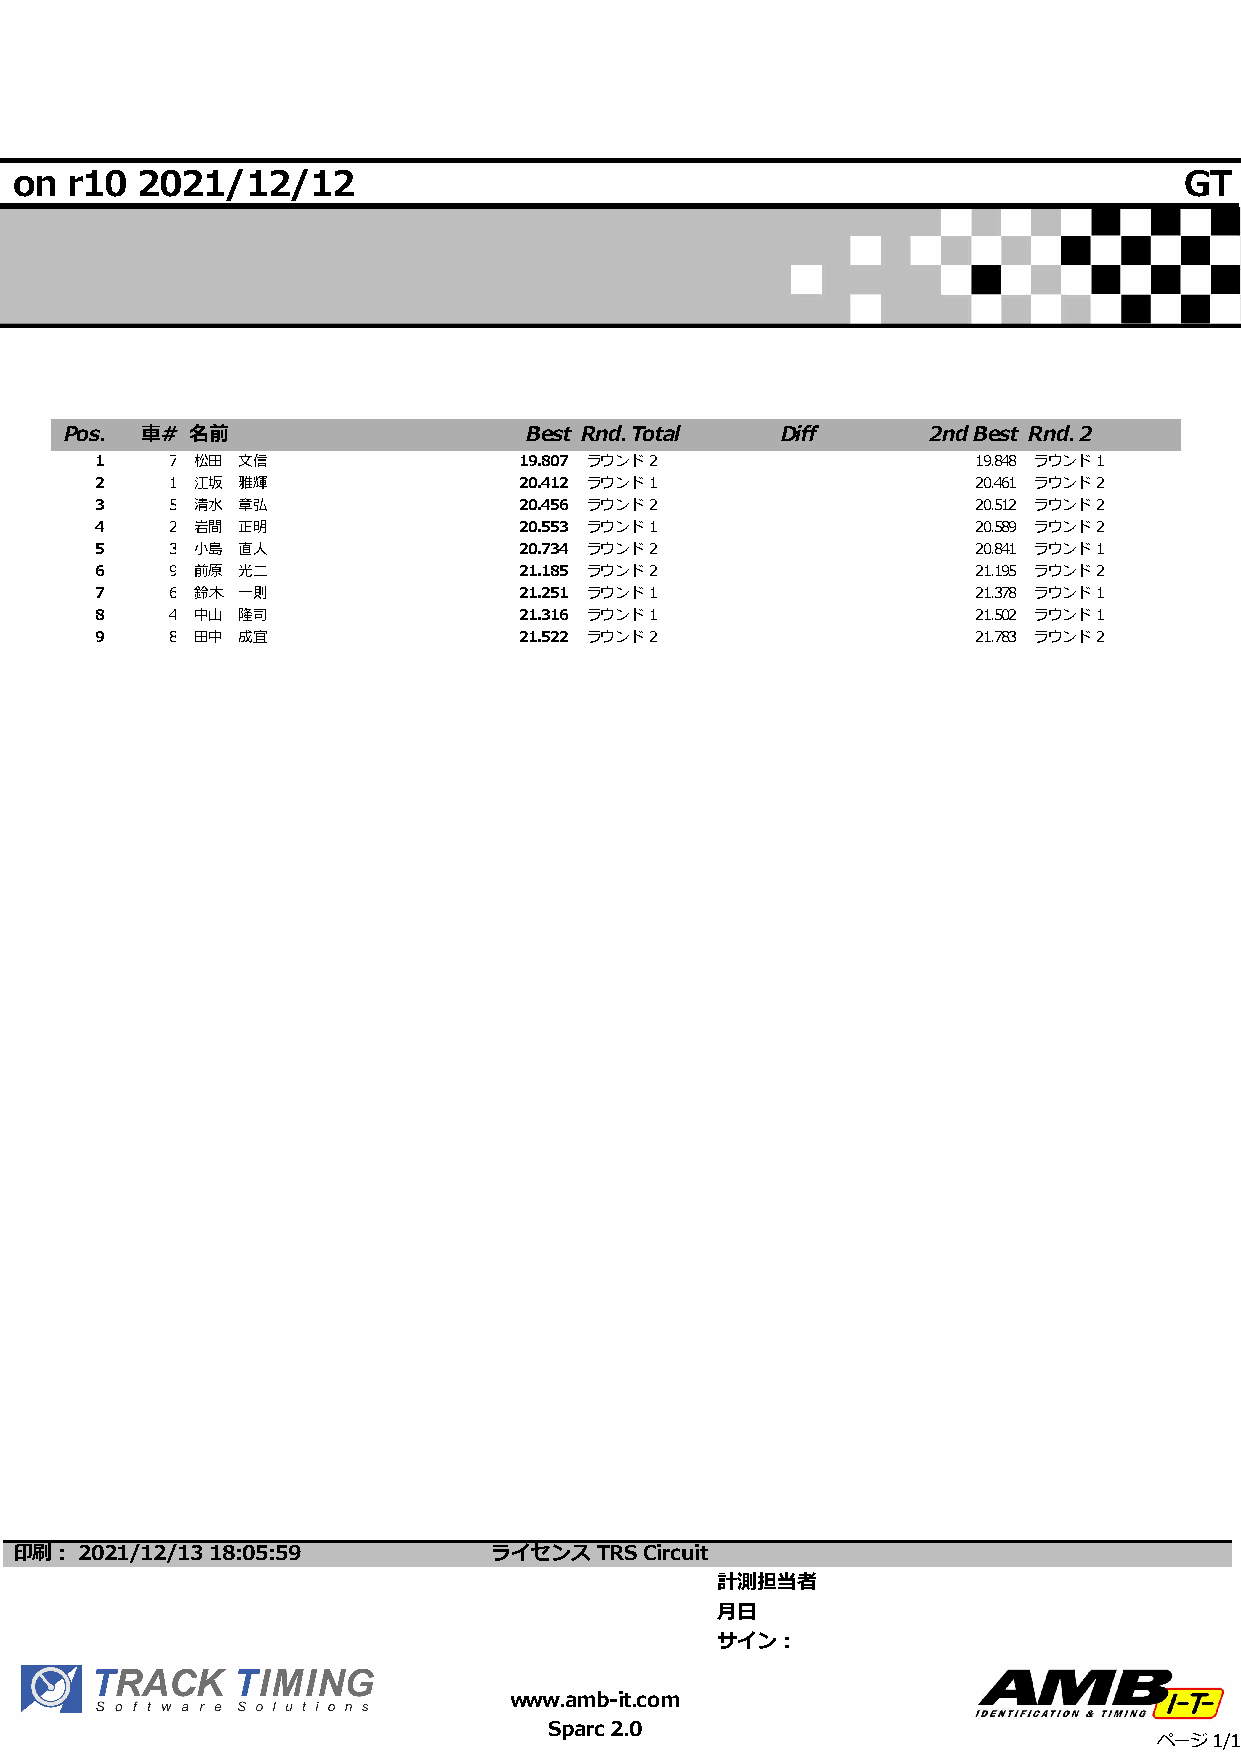
on r10  2021/12/12                                                           GT
 Pos. 車# 名前                     Best Rnd. Total  Diff     2nd Best Rnd. 2
 1    7 松田 文信                19.807 ラウンド 2                  19.848 ラウンド 1
 2    1 江坂 雅輝                20.412 ラウンド 1                  20.461 ラウンド 2
 3    5 清水 章弘                20.456 ラウンド 2                  20.512 ラウンド 2
 4    2 岩間 正明                20.553 ラウンド 1                  20.589 ラウンド 2
 5    3 小島 直人                20.734 ラウンド 2                  20.841 ラウンド 1
 6    9 前原 光二                21.185 ラウンド 2                  21.195 ラウンド 2
 7    6 鈴木 一則                21.251 ラウンド 1                  21.378 ラウンド 1
 8    4 中山 隆司                21.316 ラウンド 1                  21.502 ラウンド 1
 9    8 田中 成宜                21.522 ラウンド 2                  21.783 ラウンド 2
 印刷: 2021/12/13 18:05:59         ライセンス  TRS Circuit
 計測担当者
 月日
 サイン:
 www.amb-it.com
 Sparc 2.0
 ページ 1/1